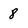
Character: 8